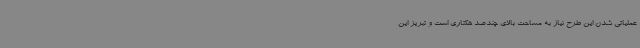
عملیاتی شدن این طرح نیاز به مساحت بالای چندصد هکتاری است و تبریز این